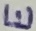
Text: E